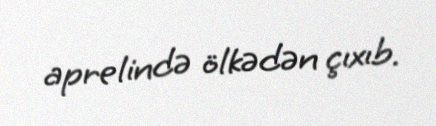
aprelində ölkədən çıxıb.